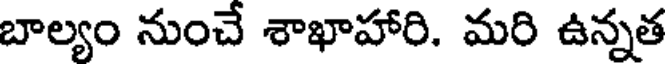
బాల్యం నుంచే శాఖాహారి. మరి ఉన్నత